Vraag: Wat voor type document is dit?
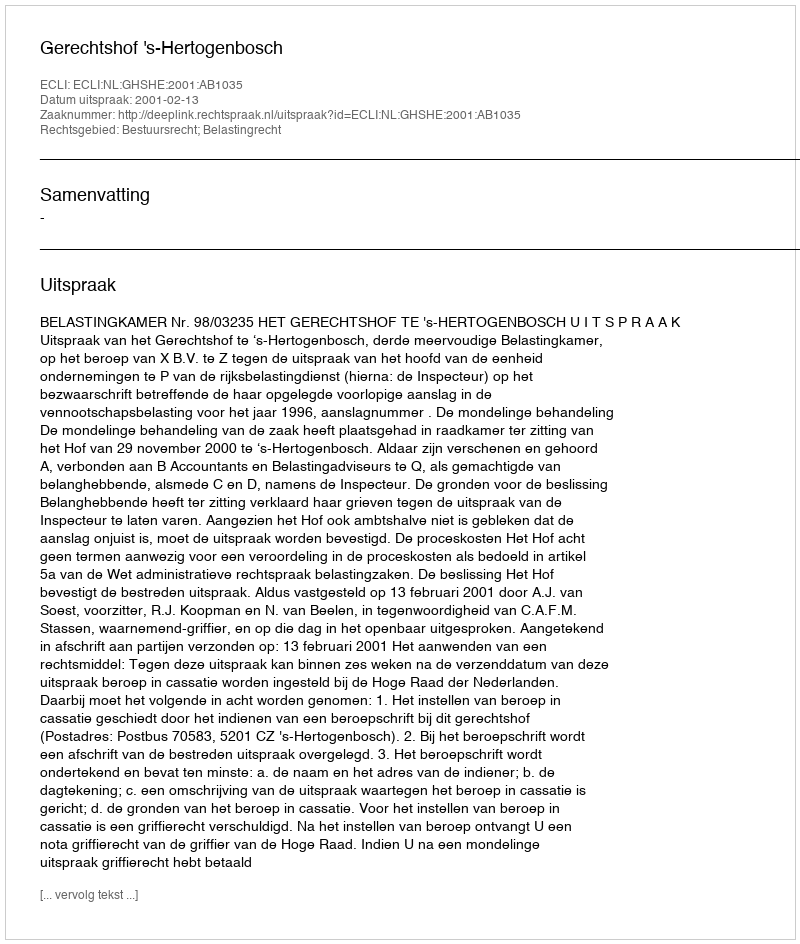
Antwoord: Uitspraak